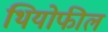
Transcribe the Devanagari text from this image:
थियोफील